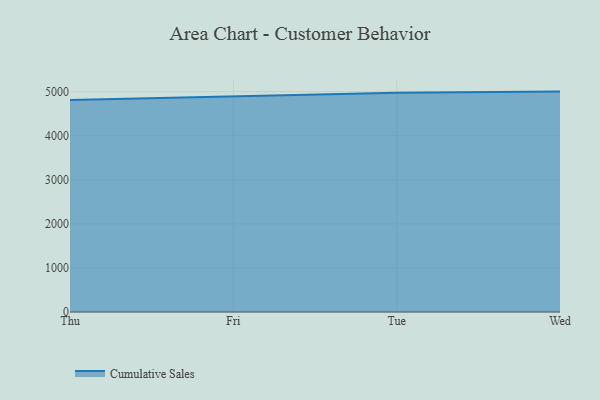
{"axis": {"x": "Day", "y": "Active Users"}, "legend": ["Cumulative Sales"], "data": [{"x": "Thu", "y": 4809.1, "type": "Cumulative Sales"}, {"x": "Fri", "y": 4900.6, "type": "Cumulative Sales"}, {"x": "Tue", "y": 4975.9, "type": "Cumulative Sales"}, {"x": "Wed", "y": 5000, "type": "Cumulative Sales"}]}